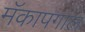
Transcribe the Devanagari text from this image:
मॅकापगाल